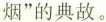
烟”的典故。